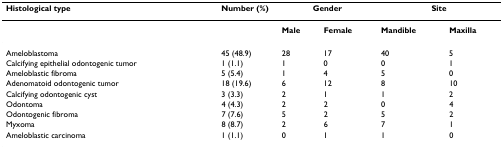
<table><thead><tr><td><b>Histological type</b></td><td><b>Number (%)</b></td><td colspan="2"><b>Gender</b></td><td colspan="2"><b>Site</b></td></tr></thead><tbody><tr><td></td><td></td><td><b>Male</b></td><td><b>Female</b></td><td><b>Mandible</b></td><td><b>Maxilla</b></td></tr><tr><td>Ameloblastoma</td><td>45 (48.9)</td><td>28</td><td>17</td><td>40</td><td>5</td></tr><tr><td>Calcifying epithelial odontogenic tumor</td><td>1 (1.1)</td><td>1</td><td>0</td><td>0</td><td>1</td></tr><tr><td>Ameloblastic fibroma</td><td>5 (5.4)</td><td>1</td><td>4</td><td>5</td><td>0</td></tr><tr><td>Adenomatoid odontogenic tumor</td><td>18 (19.6)</td><td>6</td><td>12</td><td>8</td><td>10</td></tr><tr><td>Calcifying odontogenic cyst</td><td>3 (3.3)</td><td>2</td><td>1</td><td>1</td><td>2</td></tr><tr><td>Odontoma</td><td>4 (4.3)</td><td>2</td><td>2</td><td>0</td><td>4</td></tr><tr><td>Odontogenic fibroma</td><td>7 (7.6)</td><td>5</td><td>2</td><td>5</td><td>2</td></tr><tr><td>Myxoma</td><td>8 (8.7)</td><td>2</td><td>6</td><td>7</td><td>1</td></tr><tr><td>Ameloblastic carcinoma</td><td>1 (1.1)</td><td>0</td><td>1</td><td>1</td><td>0</td></tr></tbody></table>